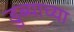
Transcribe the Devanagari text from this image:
डुब्याच्या